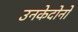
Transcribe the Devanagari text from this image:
उनकेदोनों